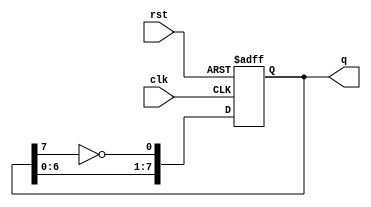
module johnson_counter (
    input wire clk,       // Clock input
    input wire rst,       // Reset input
    output reg [7:0] q    // 8-bit output
);

    // Always block triggered on the rising edge of the clock or when reset is active
    always @(posedge clk or posedge rst) begin
        if (rst) begin
            // Synchronous reset to 0
            q <= 8'b00000000;
        end else begin
            // Johnson counter logic
            q[0] <= ~q[7];  // D0 takes the inverted value of Q7
            q[1] <= q[0];   // D1 takes the value of Q0
            q[2] <= q[1];   // D2 takes the value of Q1
            q[3] <= q[2];   // D3 takes the value of Q2
            q[4] <= q[3];   // D4 takes the value of Q3
            q[5] <= q[4];   // D5 takes the value of Q4
            q[6] <= q[5];   // D6 takes the value of Q5
            q[7] <= q[6];   // D7 takes the value of Q6
        end
    end

endmodule